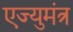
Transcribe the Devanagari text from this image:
एज्युमंत्र